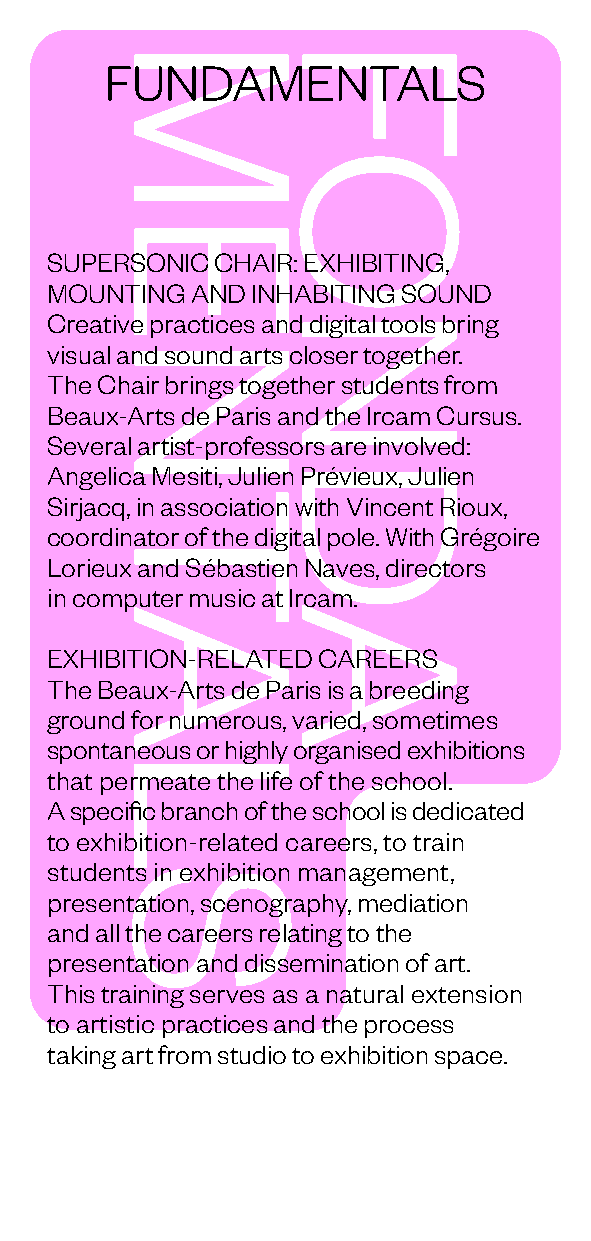
FUNDAMENTALS
 SUPERSONIC CHAIR: EXHIBITING,
 MOUNTING  AND INHABITING SOUND
 Creative practices and digital tools bring
 visual and sound arts closer together.
 The Chair brings together students from
 Beaux-Arts de Paris and the Ircam Cursus.
 Several artist-professors are involved:
 Angelica Mesiti, Julien Prévieux, Julien
 Sirjacq, in association with Vincent Rioux,
 coordinator of the digital pole. With Grégoire
 Lorieux and Sébastien Naves, directors
 in computer music at Ircam.
 EXHIBITION-RELATED CAREERS
 The Beaux-Arts de Paris is a breeding
 ground for numerous, varied, sometimes
 spontaneous or highly organised exhibitions
 that permeate the life of the school.
 A specific branch of the school is dedicated
 to exhibition-related careers, to train
 students in exhibition management,
 presentation, scenography, mediation
 and all the careers relating to the
 presentation and dissemination of art.
 This training serves as a natural extension
 to artistic practices and the process
 taking art from studio to exhibition space.
 MENTALS    FONDA